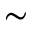
\sim